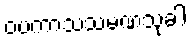
ဝပကာသသမဏသုခါ